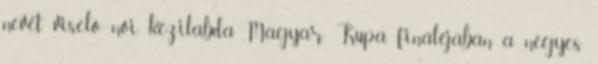
nevét viselő női kézilabda Magyar Kupa fináléjában a négyes